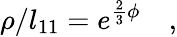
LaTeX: \rho/l_{11}=e^{\frac{2}{3}\phi}\quad,